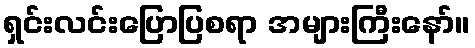
ရှင်းလင်းပြောပြစရာ အများကြီးနော်။